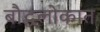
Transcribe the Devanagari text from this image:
बौद्धलोकात